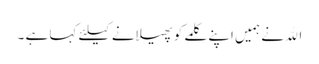
الله نے ہمیں اپنے کلمے کو پھیلانے کیلئے کہا ہے ۔